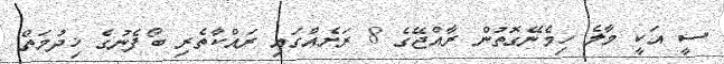
ސީ އަކީ މާލެ ހިމެނޭގޮތުން ރާއްޖޭގެ 8 ރަށެއްގައި ރައްކާތެރި ބޯފެނުގެ ޚިދުމަތް